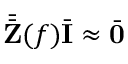
\bar { \bar { \mathbf { Z } } } ( f ) \bar { \mathbf { I } } \approx \bar { \mathbf { 0 } }